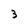
Character: 3